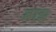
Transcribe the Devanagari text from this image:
ब्राझ